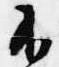
不